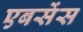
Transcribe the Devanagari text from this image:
एबसेंस